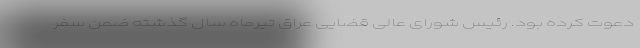
دعوت کرده بود. رئیس شورای عالی قضایی عراق تیرماه سال گذشته ضمن سفر